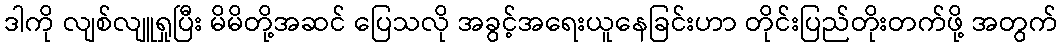
ဒါကို လျစ်လျူရှုပြီး မိမိတို့အဆင် ပြေသလို အခွင့်အရေးယူနေခြင်းဟာ တိုင်းပြည်တိုးတက်ဖို့ အတွက်